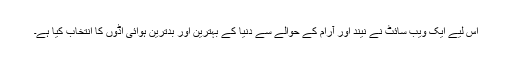
اس لیے ایک ویب سائٹ نے نیند اور آرام کے حوالے سے دنیا کے بہترین اور بدترین ہوائی اڈوں کا انتخاب کیا ہے۔